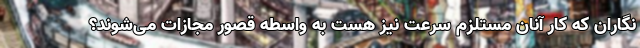
نگاران كه كار آنان مستلزم سرعت نيز هست به واسطه قصور مجازات می‌شوند؟